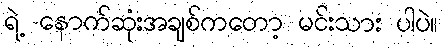
ရဲ့ နောက်ဆုံးအချစ်ကတော့ မင်းသား ပါပဲ။